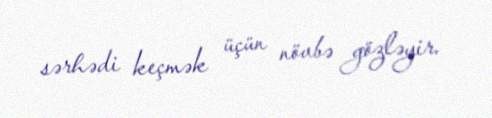
sərhədi keçmək üçün növbə gözləyir.